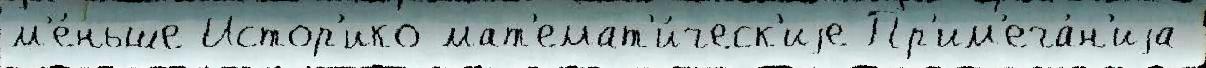
м'е́ньше Истор'ико-мат'емат'и́ческ'иjе Пр'им'еча́н'иjа